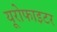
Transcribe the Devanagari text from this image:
यूरोफाइटर